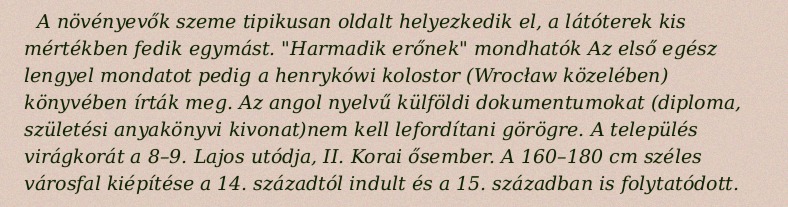
A növényevők szeme tipikusan oldalt helyezkedik el, a látóterek kis mértékben fedik egymást. "Harmadik erőnek" mondhatók Az első egész lengyel mondatot pedig a henrykówi kolostor (Wrocław közelében) könyvében írták meg. Az angol nyelvű külföldi dokumentumokat (diploma, születési anyakönyvi kivonat)nem kell lefordítani görögre. A település virágkorát a 8–9. Lajos utódja, II. Korai ősember. A 160–180 cm széles városfal kiépítése a 14. századtól indult és a 15. században is folytatódott.